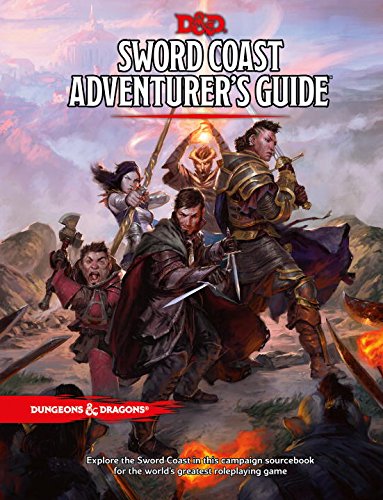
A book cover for Sword Coast Adventurer's Guide (D&D Accessory); Wizards RPG Team; Science Fiction & Fantasy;